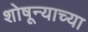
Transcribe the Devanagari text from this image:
शोषून्याच्या